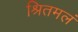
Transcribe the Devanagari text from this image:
श्रितमलं